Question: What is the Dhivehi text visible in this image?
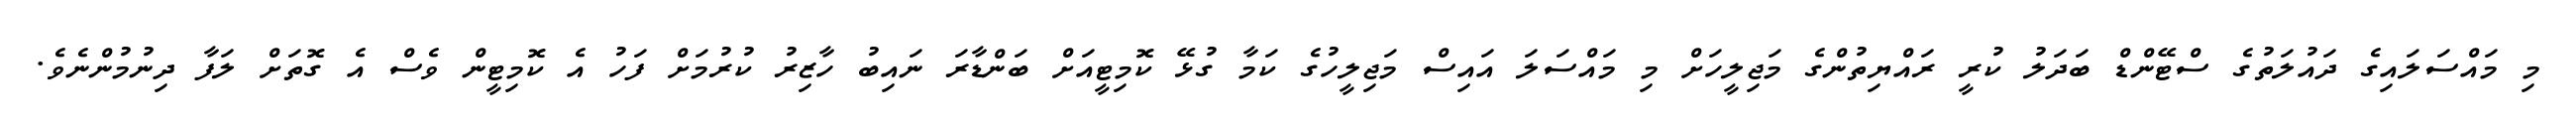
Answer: މި މައްސަލައިގެ ދައުލަތުގެ ސްޓޭންޑް ބަދަލު ކުރީ ރައްޔިތުންގެ މަޖިލީހަށް މި މައްސަލަ އައިސް މަޖިލީހުގެ ކަމާ ގުޅޭ ކޮމިޓީއަށް ބަންޑާރަ ނައިބު ހާޒިރު ކުރުމަށް ފަހު އެ ކޮމިޓީން ވެސް އެ ގޮތަށް ލަފާ ދިނުމުންނެވެ.